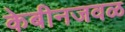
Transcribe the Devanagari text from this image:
केबीनजवळ